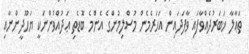
ތަޢާލާ ޚަބަރުދެއްވާފައި ވާފަދައިން އަހަރެމެން މުސްލިމުންގެ އެންމެ ބޮޑެތި ޢަދުއްވުންނަކީ ޔަހޫދީންނާއި